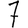
Digit: 7